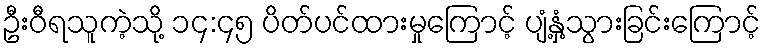
ဦးဝီရသူကဲ့သို့ ၁၄:၄၅ ပိတ်ပင်ထားမှုကြောင့် ပျံ့နှံ့သွားခြင်းကြောင့်